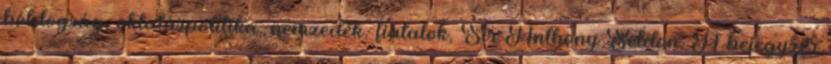
boldogság, oktatáspolitika, nemzedék, fiatalok, Sir Anthony Seldon. A bejegyzés